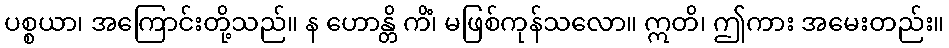
ပစ္စယာ၊ အကြောင်းတို့သည်။ န ဟောန္တိ ကိံ၊ မဖြစ်ကုန်သလော။ ဣတိ၊ ဤကား အမေးတည်း။